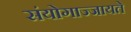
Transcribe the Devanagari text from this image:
संयोगाज्जायते